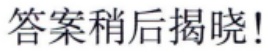
答案稍后揭晓！